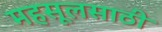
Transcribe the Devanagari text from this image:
महसूलसाठी